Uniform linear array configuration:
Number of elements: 24
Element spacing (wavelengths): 0.75
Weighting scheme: kaiser
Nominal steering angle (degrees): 30
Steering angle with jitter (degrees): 30.16
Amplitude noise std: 0.05
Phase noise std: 0.05

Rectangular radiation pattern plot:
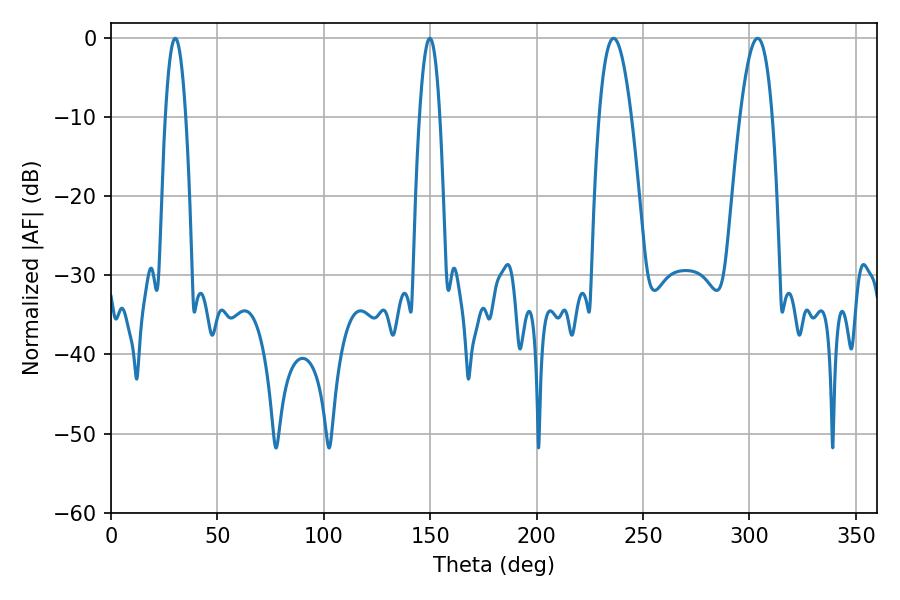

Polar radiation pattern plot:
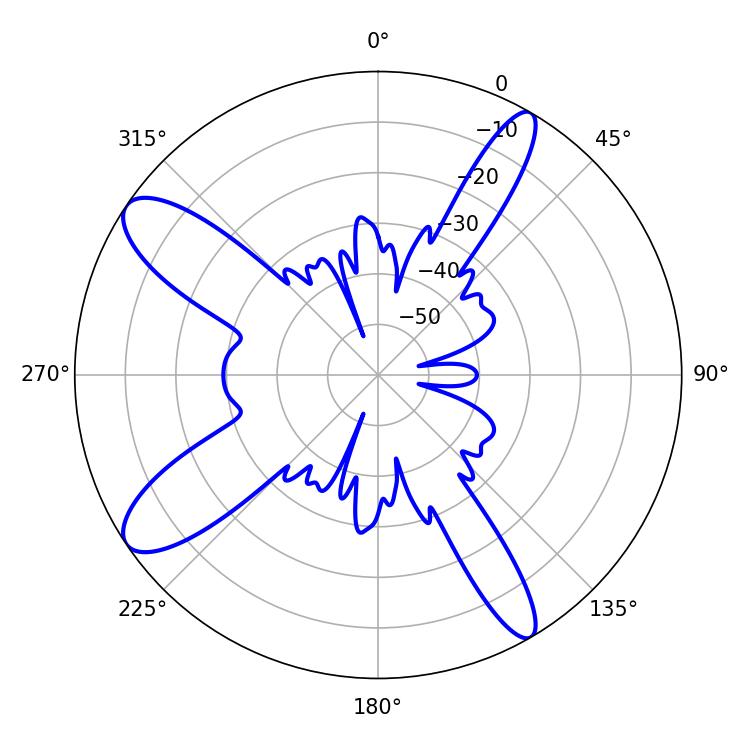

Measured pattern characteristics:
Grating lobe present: TRUE
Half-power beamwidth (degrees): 8.28
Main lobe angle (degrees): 236.16